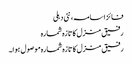
فائز اسامہ، نئی دہلی
رفیق منزل کا تازہ شمارہ
رفیق منزل کا تازہ شمارہ موصول ہوا۔